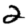
Digit: 2